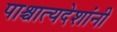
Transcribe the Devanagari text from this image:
पाश्चात्यदेशांनी